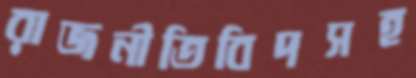
রাজনীতিবিদসহ